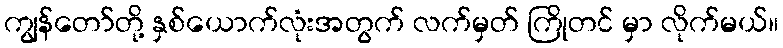
ကျွန်တော်တို့ နှစ်ယောက်လုံးအတွက် လက်မှတ် ကြိုတင် မှာ လိုက်မယ်။